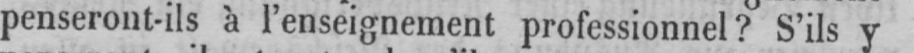
penseront-ils à l’enseignement professionnel? S’ils y